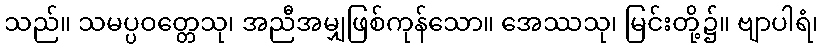
သည်။ သမပ္ပဝတ္တေသု၊ အညီအမျှဖြစ်ကုန်သော။ အေဿသု၊ မြင်းတို့၌။ ဗျာပါရံ၊